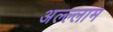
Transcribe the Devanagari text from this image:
अल्ल्लाम